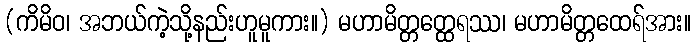
(ကိမိဝ၊ အဘယ်ကဲ့သို့နည်းဟူမူကား။) မဟာမိတ္တတ္ထေရဿ၊ မဟာမိတ္တထေရ်အား။